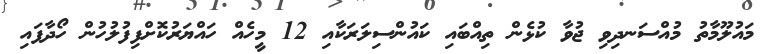
މައުލޫމާތު މުއްސަނދިވި ޖުވާ ކުޅެން ތިއްބައި ކައުންސިލަރަކާއި 12 މީހެއް ހައްޔަރުކޮށްފިފުލުހުން ހޯދާފައި